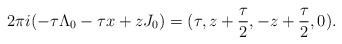
\begin{align*}2\pi i(-\tau \Lambda_0-\tau x+zJ_0)=(\tau,z+\frac{\tau}{2},-z+\frac{\tau}{2},0).\end{align*}